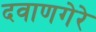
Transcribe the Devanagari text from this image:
दवाणगेरे